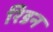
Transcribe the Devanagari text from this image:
रिडन